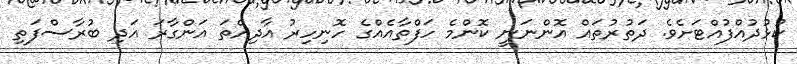
ކުޅުދުއްފުއްޓަށެވެ. ދަތުރުތައް އޮންނަނީ ކޮންމެ ހަފްތާއެއްގެ ހޮނިހިރު އާދިއްތަ އަންގާރަ އަދި ބުރާސްފަތި